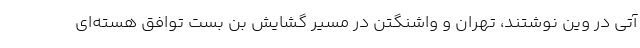
آتی در وین نوشتند، تهران و واشنگتن در مسیر گشایش بن بست توافق هسته‌ای